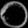
Digit: ၀